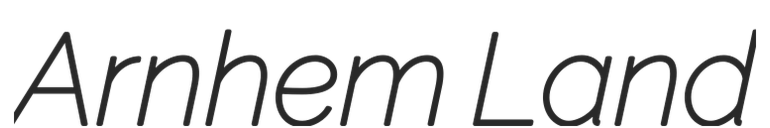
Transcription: Arnhem Land